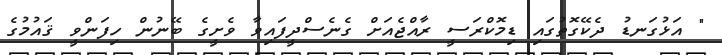
" އަޅުގަނޑު ދެކޭގޮތުގައި ޑިމޮކްރަސީ ރާއްޖެއަށް ގެނެސްދީފައިވާ ވެށީގެ ބޭނުން ހިފަންވީ ޤައުމުގެ